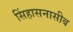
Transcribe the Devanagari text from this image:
सिंहासनासीब